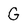
Character: G